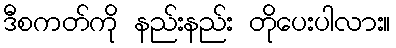
ဒီစကတ်ကို နည်းနည်း တိုပေးပါလား။